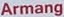
Armang